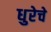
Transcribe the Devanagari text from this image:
धुरेचे